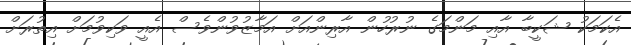
އެކަމަކު ޝަކީބާ އާއި މަންމަގެ ނުރުހުން އާރިންއަށް އަމާޒުވުންވެސް އެއީ ވަކިވުމަށް އިތުރަށް